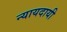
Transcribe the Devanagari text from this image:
न्यायदायी